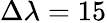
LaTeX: \Delta\lambda=15